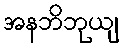
အနဘိဘုယျ